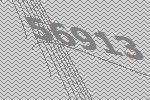
56913